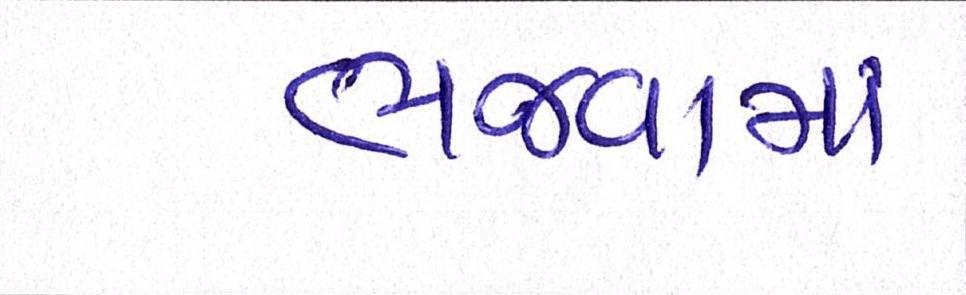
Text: ભજવામાં